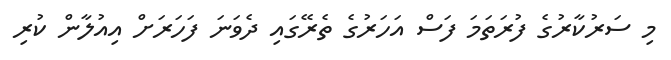
މި ސަރުކާރުގެ ފުރަތަމަ ފަސް އަހަރުގެ ތެރޭގައި ދެވަނަ ފަހަރަށް އިއުލާން ކުރި